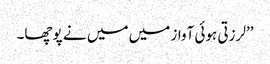
’’لرزتی ہوئی آواز میں میں نے پوچھا۔